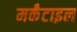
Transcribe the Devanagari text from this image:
मर्कंटाइल